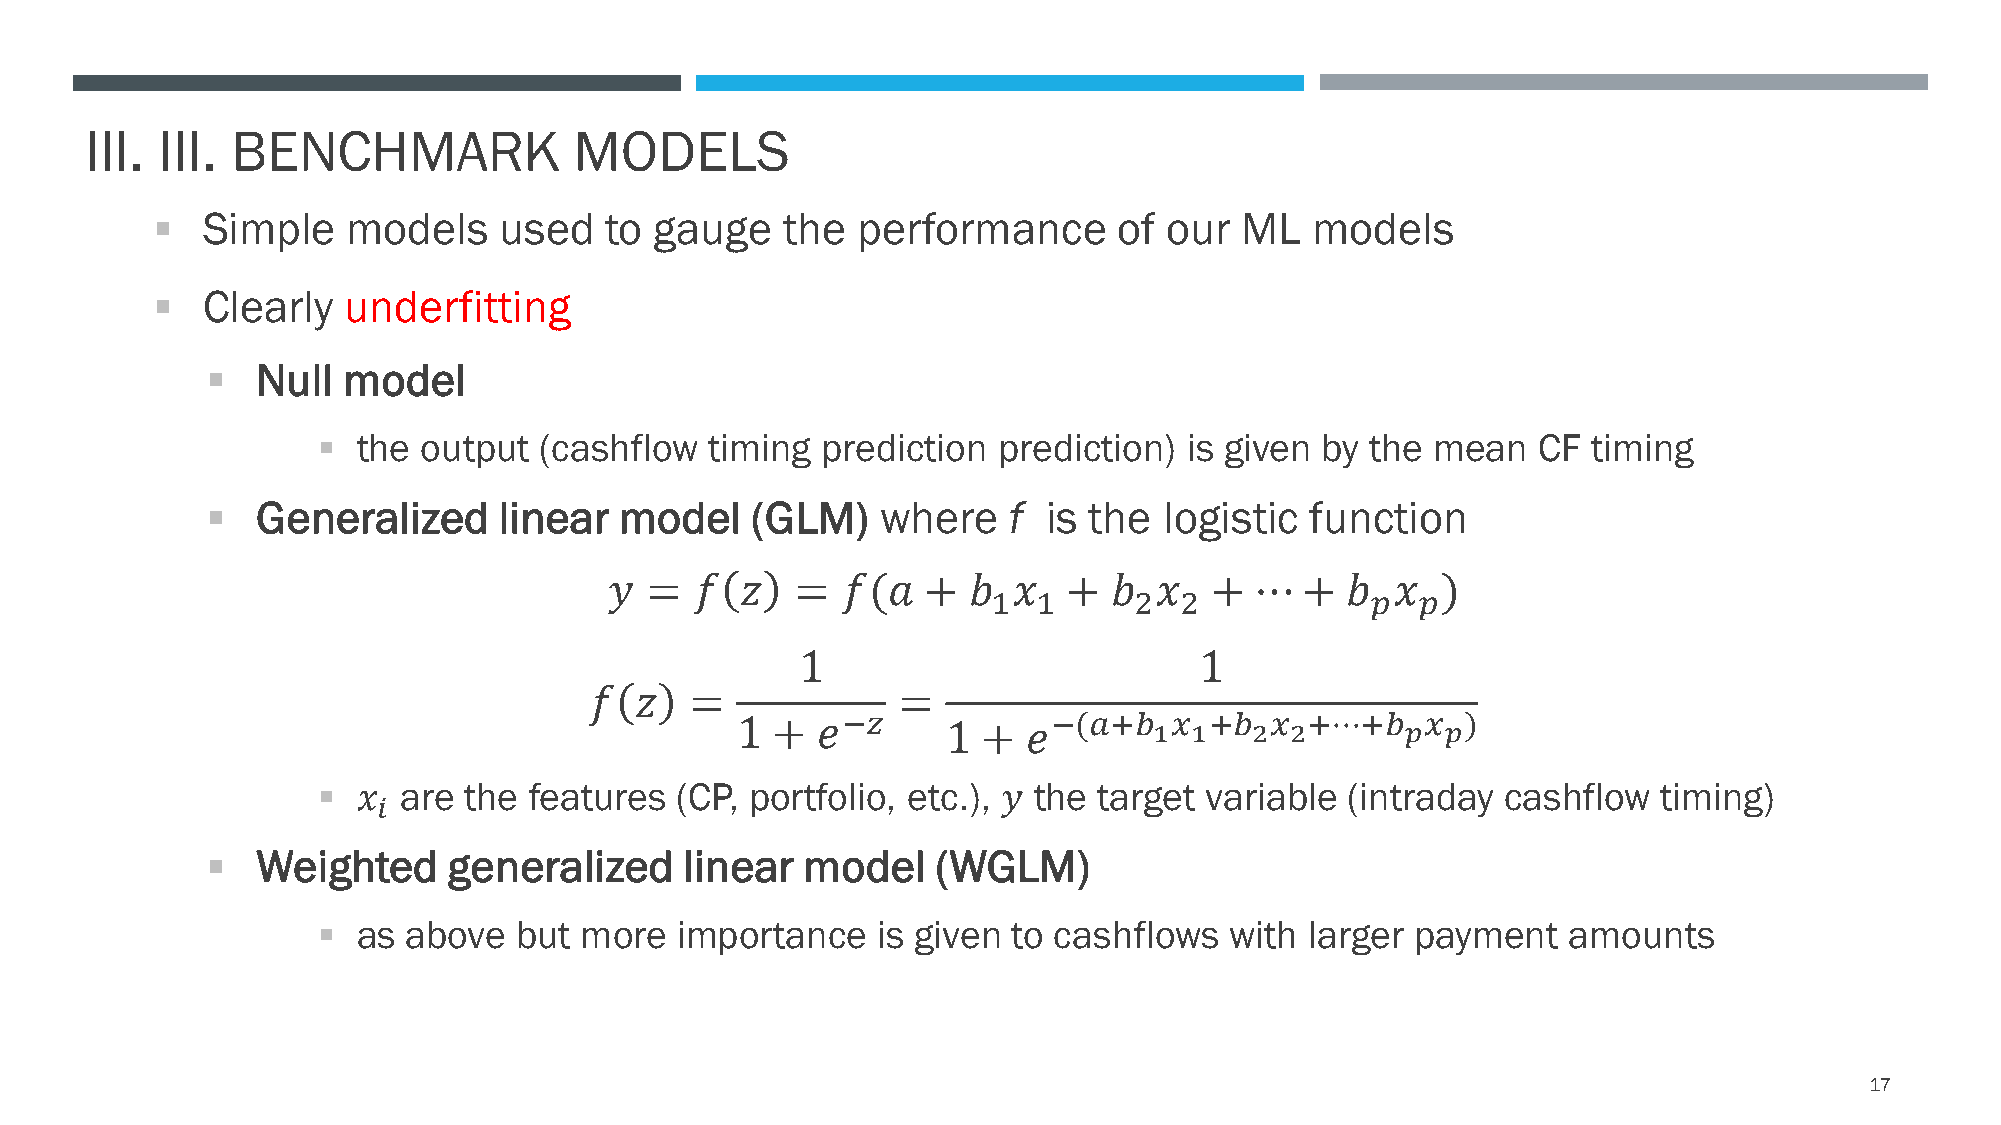
III. III. BENCHMARK             MODELS
 ▪  Simple    models    used   to gauge    the  performance      of our  ML   models
 ▪  Clearly   underfitting
 ▪  Null  model
 ▪  the output  (cashflow  timing prediction  prediction)  is given by the mean   CF timing
 ▪  Generalized     linear  model    (GLM)   where    f is the  logistic  function
 𝑦  =  𝑓  𝑧   =  𝑓(𝑎  +  𝑏  𝑥   +  𝑏 𝑥   +  ⋯  +  𝑏  𝑥  )
 1  1     2  2            𝑝  𝑝
 1                         1
 𝑓  𝑧   =             =
 1 +  𝑒−𝑧      1 +  𝑒−(𝑎+𝑏  1𝑥 1+𝑏 2𝑥 2+⋯+𝑏  𝑝𝑥 𝑝)
 ▪  𝑥 are  the features  (CP, portfolio, etc.), 𝑦 the target variable (intraday cashflow  timing)
 𝑖
 ▪  Weighted     generalized    linear  model    (WGLM)
 ▪  as above  but more   importance   is given to cashflows  with  larger payment   amounts
 17